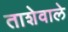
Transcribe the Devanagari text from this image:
ताशेवाले